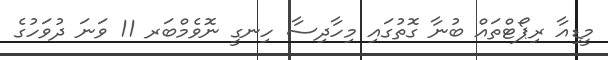
މީޑިއާ ރިޕޯޓްތައް ބުނާ ގޮތުގައި މިހާދިސާ ހިނގީ ނޮވެމްބަރ 11 ވަނަ ދުވަހުގެ